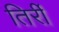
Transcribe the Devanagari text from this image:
तिर्री